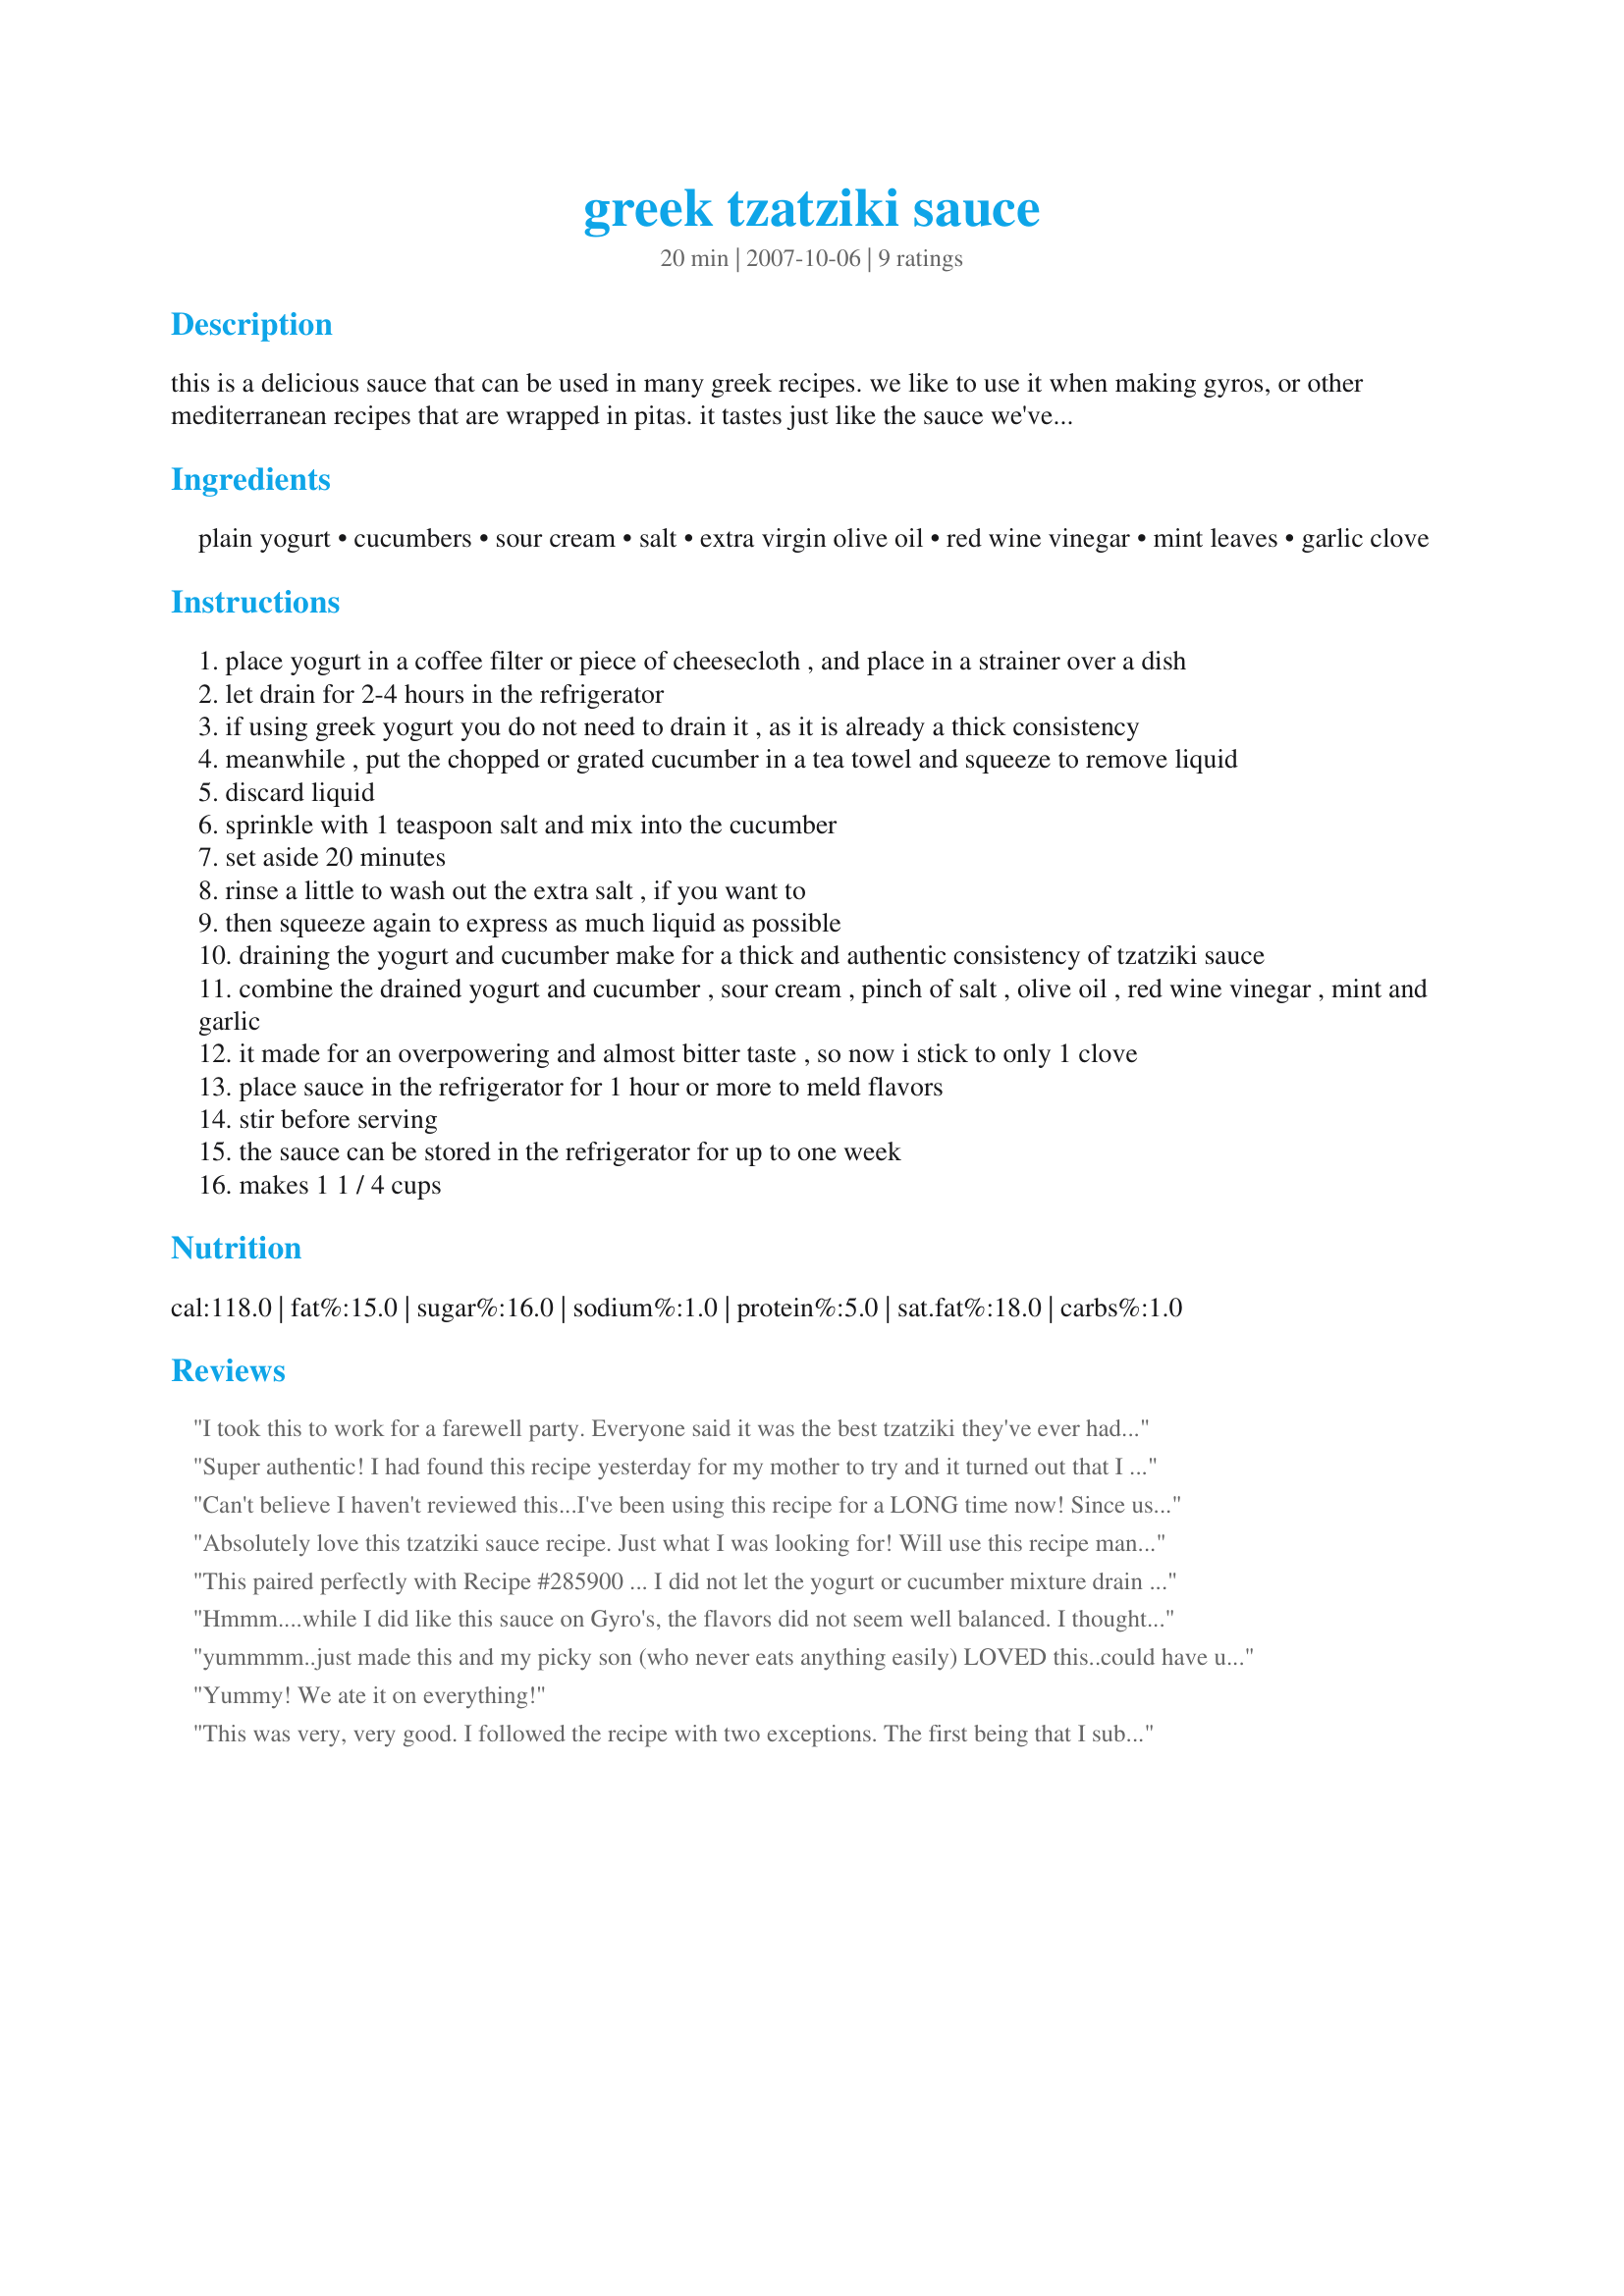
greek tzatziki sauce
Preparation time: 20 minutes

this is a delicious sauce that can be used in many greek recipes. we like to use it when making gyros, or other mediterranean recipes that are wrapped in pitas. it tastes just like the sauce we've had in restaurants such as "hell's" in tarpon springs in florida. it's a funny name, but the restaurant is known for having some of the best greek food and greek pastries in florida.

Ingredients:
plain yogurt, cucumbers, sour cream, salt, extra virgin olive oil, red wine vinegar, mint leaves, garlic clove

Steps:
place yogurt in a coffee filter or piece of cheesecloth , and place in a strainer over a dish
let drain for 2-4 hours in the refrigerator
if using greek yogurt you do not need to drain it , as it is already a thick consistency
meanwhile , put the chopped or grated cucumber in a tea towel and squeeze to remove liquid
discard liquid
sprinkle with 1 teaspoon salt and mix into the cucumber
set aside 20 minutes
rinse a little to wash out the extra salt , if you want to
then squeeze again to express as much liquid as possible
draining the yogurt and cucumber make for a thick and authentic consistency of tzatziki sauce
combine the drained yogurt and cucumber , sour cream , pinch of salt , olive oil , red wine vinegar , mint and garlic
it made for an overpowering and almost bitter taste , so now i stick to only 1 clove
place sauce in the refrigerator for 1 hour or more to meld flavors
stir before serving
the sauce can be stored in the refrigerator for up to one week
makes 1 1 / 4 cups

Reviews:
I took this to work for a farewell party. Everyone said it was the best tzatziki they've ever had, and I have to agree. I followed the recipe using a top quality, thick and tangy Greek yogurt that didn't need to be drained. I thought one cucumber might not be enough, but it was fine. I did not bother to peel or de-seed the cucumber (but next time I might grate rather than chop it). I added a teaspoon of dried dill (I really should read instructions more carefully), so then added a teaspoon of dried mint. Made and thoroughly enjoyed for an Aussie/NZ tag game.
Super authentic! I had found this recipe yesterday for my mother to try and it turned out that I needed to use it myself for tonight's unexpected Felafel dinner (Felafel in pita... yummy!). I was not near a computer, so I called her and she just read the ingredients to me. I used regular plain nonfat yogurt (not drained!) and fresh mint. I mixed everything up and didn't think it was strongly flavored enough (not realizing that it needed to sit for an hour!) so I added a bit more vinegar and a little black pepper. By the time dinner was ready an hour later it was absolutely perfect... so delicious that I'm still wanting to eat it now which is hours after dinner! This sauce is EXACTLY as I remember from my visits to Tarpon Springs and other nearby Greek restaurants. Thanks for a definite keeper! Can't wait to make it again!!
Can't believe I haven't reviewed this...I've been using this recipe for a LONG time now! Since using this recipe, not even a good gyro stand's tzatziki will satisfy me...I smugly think to myself &quot;mine's better!&quot; I think the red wine vinegar and olive oil are KEY and different than your average tzatziki recipe. Of course, I do tweak it to my own taste usually, but doesn't everyone? I also usually use garlic-infused olive oil instead of the garlic clove, as I don't care for raw garlic...it bothers me after the fact in my mouth. Other than that, I think this is the FIRST and ONLY tzatziki you'll ever need. By the way, you can vary the amount of cuke and it's still great, and I often use fresh dill instead of mint. Some peeps even use basil, so use what you've got!
Absolutely love this tzatziki sauce
recipe. Just what I was looking for! Will use this recipe many more times in the future. We 
preferred this recipe over others.
Thanks for sharing!!!
This paired perfectly with Recipe #285900 ... I did not let the yogurt or cucumber mixture drain as long as suggested and the sauce was still nice and thick. I just put the yogurt in a fine strainer and let it sit while I prepped the other ingredients. Very good!
Hmmm....while I did like this sauce on Gyro's, the flavors did not seem well balanced. I thought that the garlic was a too strong for me (maybe my clove of garlic was too large) and I thought that the greek yogurt was perhaps too tangy for my personal taste. I have never used greek yogurt before and was surprised at how tangy it really it.
yummmm..just made this and my picky son (who never eats anything easily) LOVED this..could have used it as a side salad..Anyway, most Kroger's carry the greek yogurt and wasn't sure about the olive oil? So didn't use all of it. Turned out fabulous. Thanks for posting.
Yummy! We ate it on everything!
This was very, very good. I followed the recipe with two exceptions. The first being that I subbed dill for mint as a personal preference. The second thing, I only just now realized I did. I completely ignored step 2. It was still thick and oh so tasty. Made to go with recipe #160830 and #81725.
